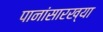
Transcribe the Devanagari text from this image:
पानांसारख्या